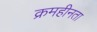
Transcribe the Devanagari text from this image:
क्रमहीनता